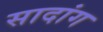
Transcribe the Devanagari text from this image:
सादांग